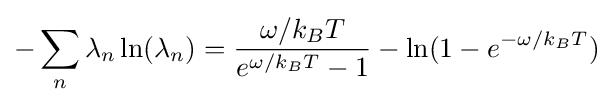
-\sum _{n}\lambda _{n}\ln(\lambda _{n})={\frac {\omega /k_{B}T}{e^{\omega /k_{B}T}-1}}-\ln(1-e^{-\omega /k_{B}T})